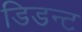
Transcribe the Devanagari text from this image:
डिडन्‍ट